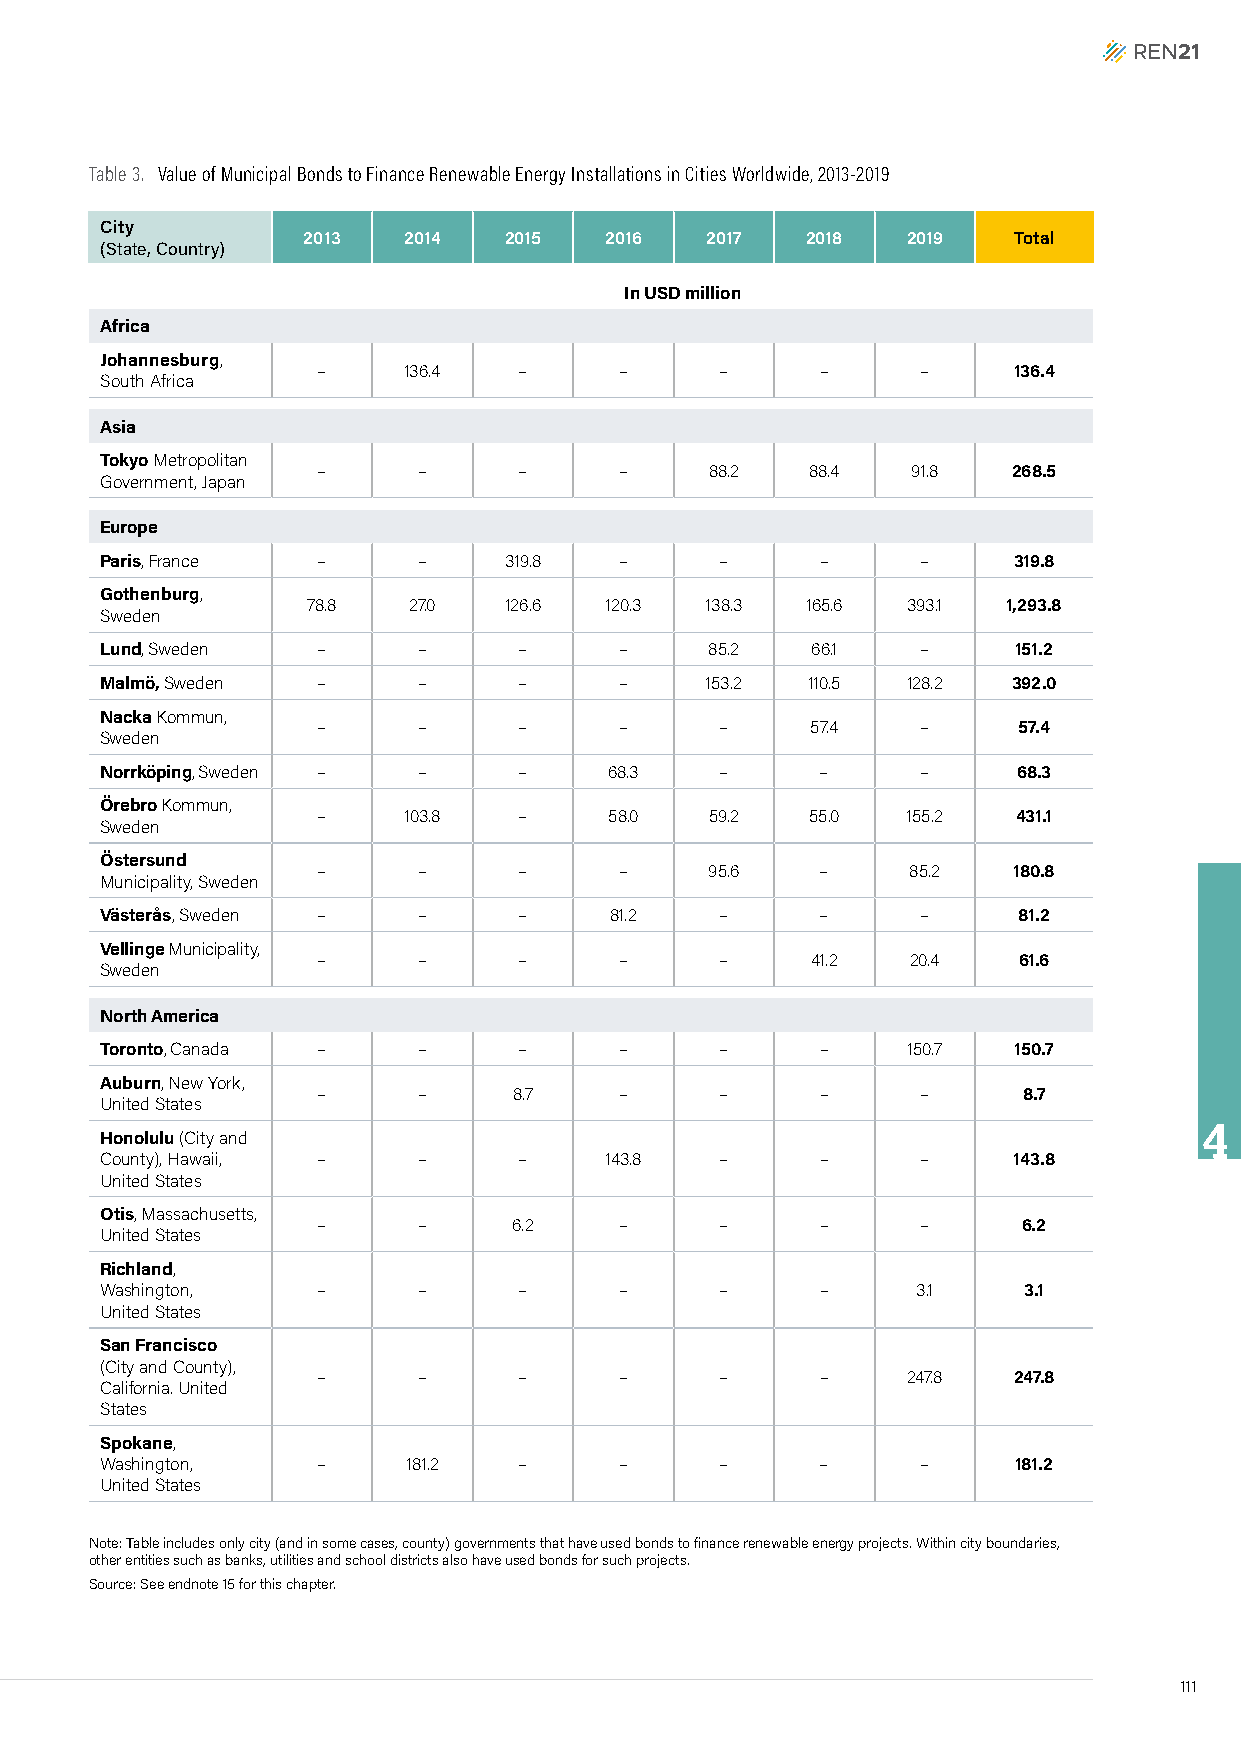
Table 3. Value of Municipal Bonds to Finance Renewable Energy Installations in Cities Worldwide, 2013-2019
 City
 2013   2014  2015   2016   2017  2018   2019   Total
 (State, Country)
 In USD million
 Africa
 Johannesburg,
 –     136.4  –      –      –     –      –     136.4
 South Africa
 Asia
 Tokyo Metropolitan
 –      –     –      –     88.2   88.4  91.8   268.5
 Government, Japan
 Europe
 Paris, France –      –    319.8   –      –     –      –     319.8
 Gothenburg,
 78.8   27.0  126.6  120.3  138.3 165.6  393.1  1,293.8
 Sweden
 Lund, Sweden  –      –     –      –     85.2   66.1   –     151.2
 Malmö, Sweden –      –     –      –     153.2 110.5  128.2  392.0
 Nacka Kommun,
 –      –     –      –      –     57.4   –     57.4
 Sweden
 Norrköping, Sweden – –     –     68.3    –     –      –     68.3
 Örebro Kommun,
 –     103.8  –     58.0   59.2   55.0  155.2  431.1
 Sweden
 Östersund
 –      –     –      –     95.6   –     85.2   180.8
 Municipality, Sweden
 Västerås, Sweden –   –     –     81.2    –     –      –     81.2
 Vellinge Municipality,
 –      –     –      –      –     41.2  20.4   61.6
 Sweden
 North America
 Toronto, Canada –    –     –      –      –     –     150.7  150.7
 Auburn, New York,
 –      –     8.7    –      –     –      –      8.7
 United States
 4
 Honolulu (City and
 County), Hawaii, –   –     –     143.8   –     –      –     143.8
 United States
 Otis, Massachusetts,
 –      –     6.2    –      –     –      –      6.2
 United States
 Richland,
 Washington,   –      –     –      –      –     –      3.1    3.1
 United States
 San Francisco
 (City and County),
 –      –     –      –      –     –     247.8  247.8
 California. United
 States
 Spokane,
 Washington,   –     181.2  –      –      –     –      –     181.2
 United States
 Note: Table includes only city (and in some cases, county) governments that have used bonds to finance renewable energy projects. Within city boundaries,
 other entities such as banks, utilities and school districts also have used bonds for such projects.
 Source: See endnote 15 for this chapter.
 111